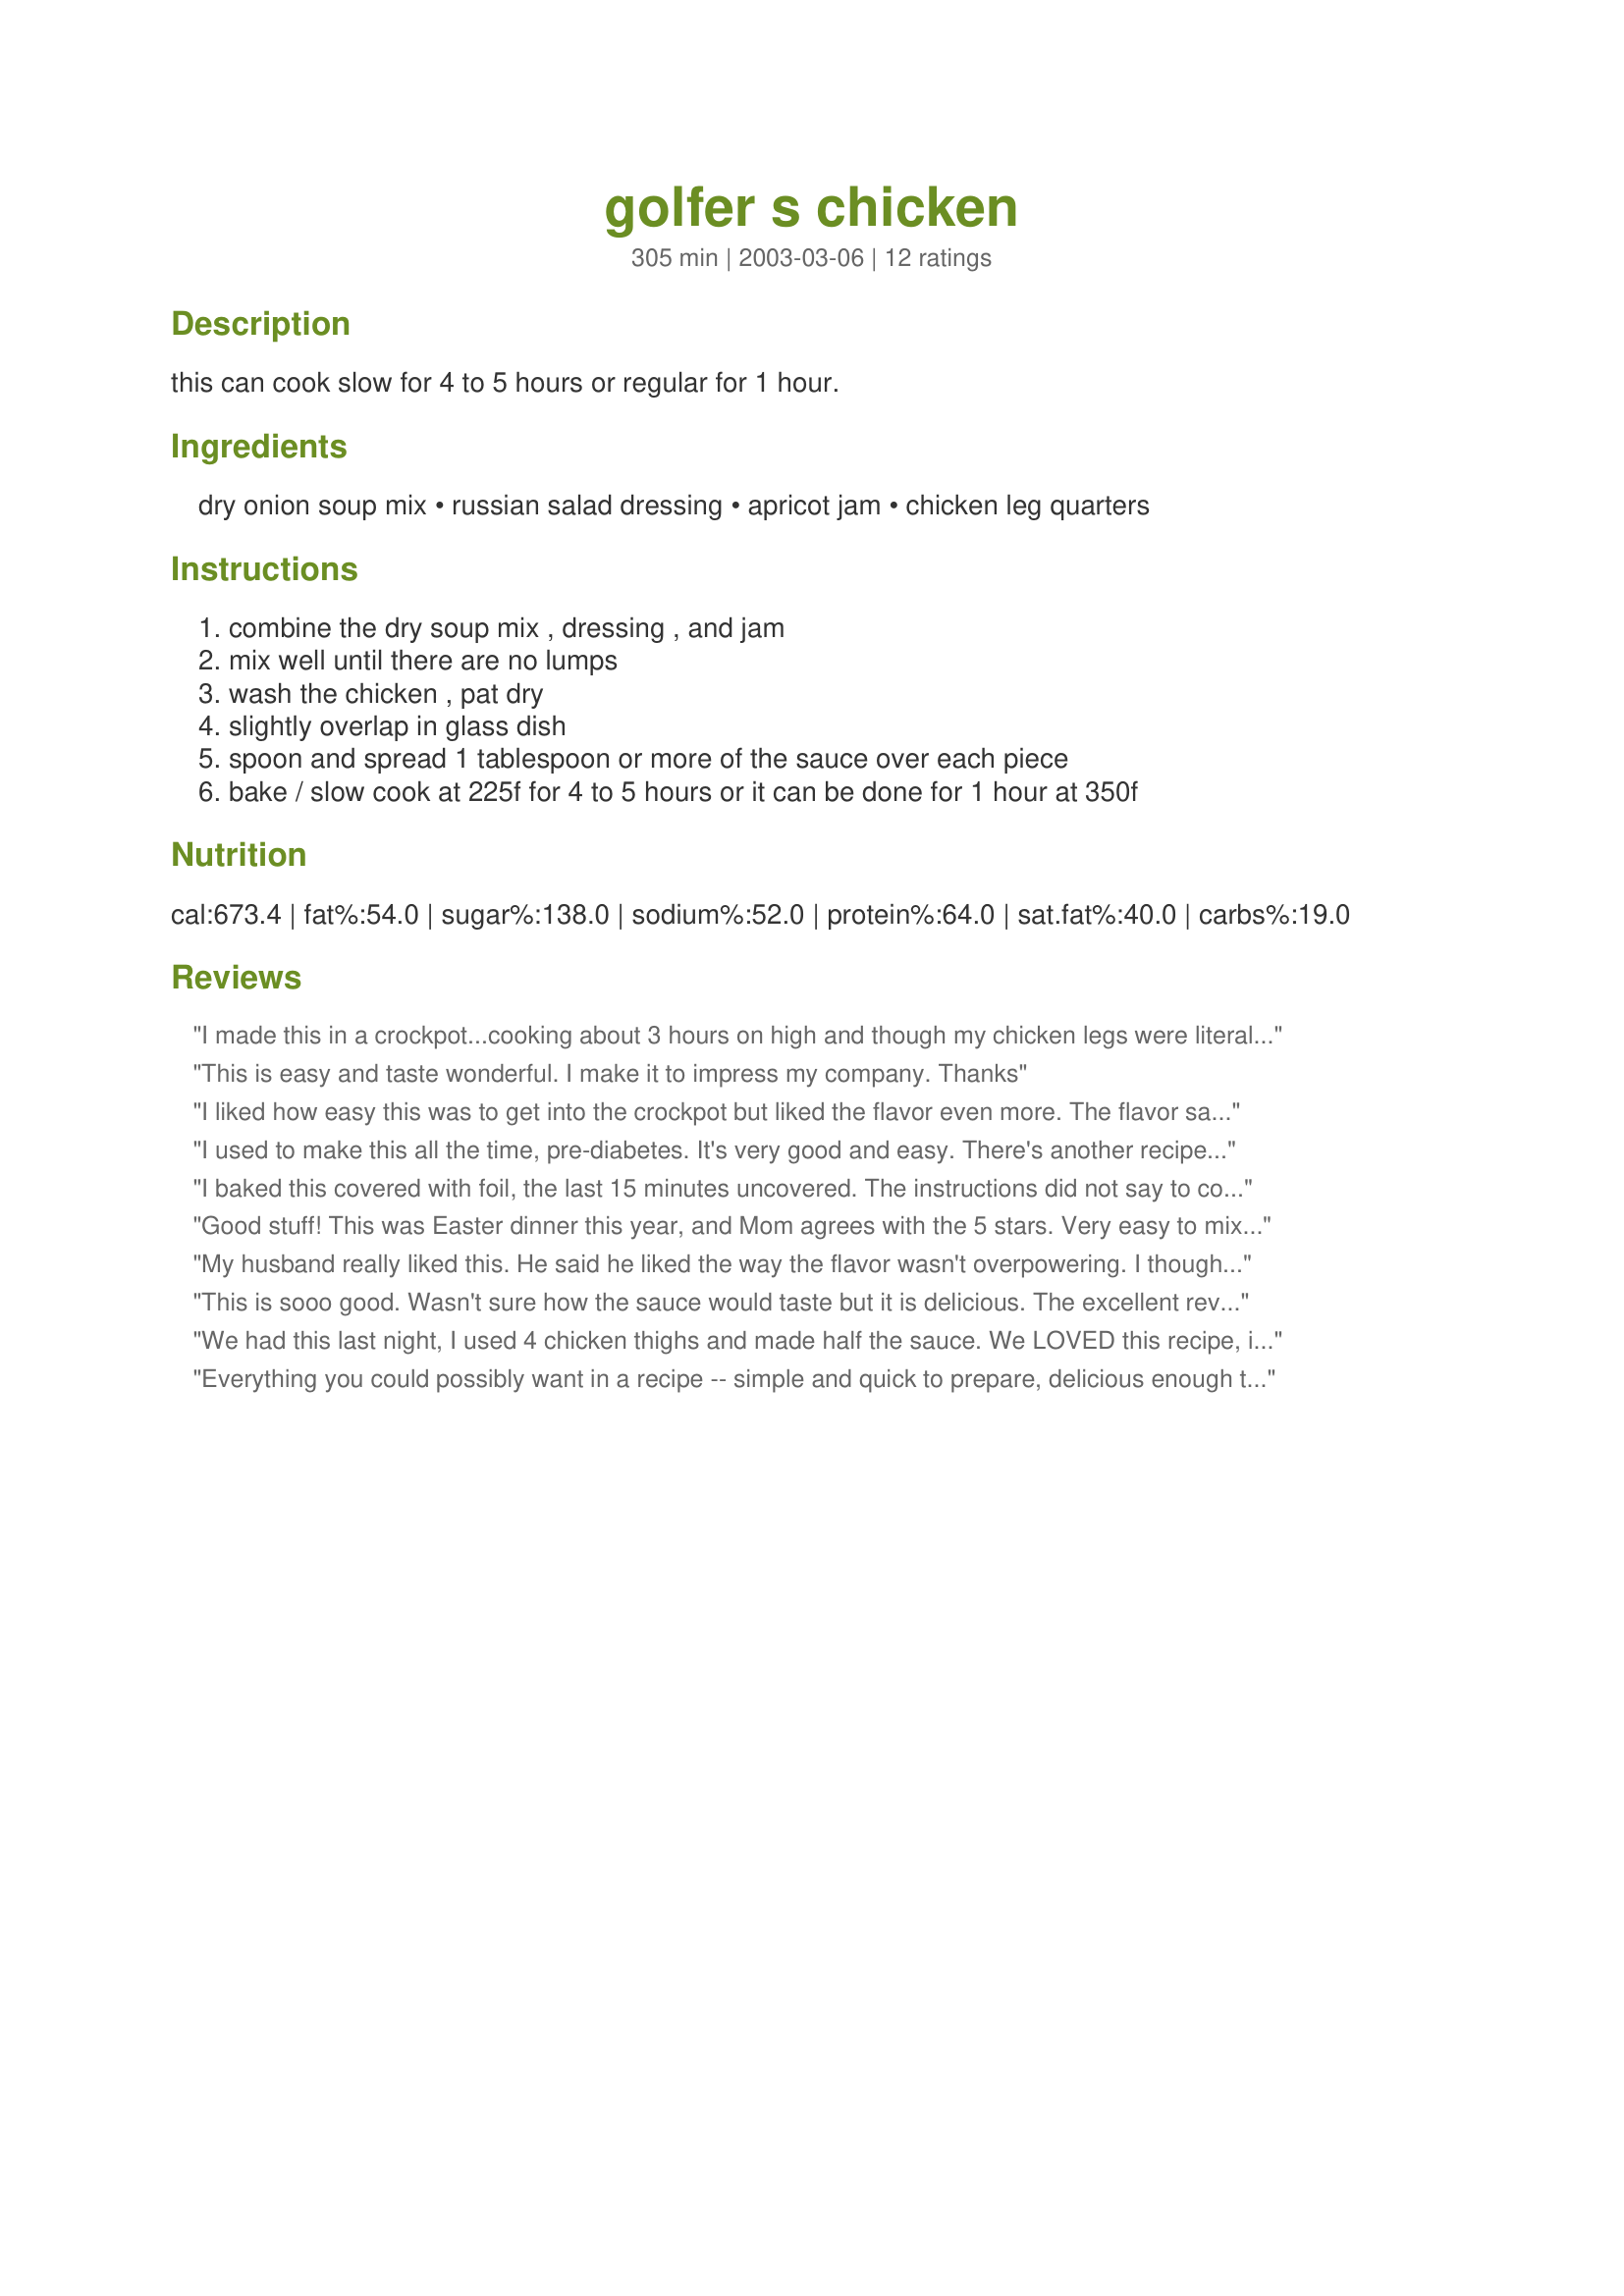
golfer s chicken
Preparation time: 305 minutes

this can cook slow for 4 to 5 hours or regular for 1 hour.

Ingredients:
dry onion soup mix, russian salad dressing, apricot jam, chicken leg quarters

Steps:
combine the dry soup mix , dressing , and jam, mix well until there are no lumps, wash the chicken , pat dry, slightly overlap in glass dish, spoon and spread 1 tablespoon or more of the sauce over each piece, bake / slow cook at 225f for 4 to 5 hours or it can be done for 1 hour at 350f

Reviews:
I made this in a crockpot...cooking about 3 hours on high and though my chicken legs were literally falling off the bone, they were strangely dry. I don't get how chicken cooked in rich (yummy) sauce could be dry...something I did? That's why I am not rating. I'll make it one more time on low heat next time....Thank you for posting. P.S. Could Russian dressing and Red French be one and the same? I did use Russian, but it was hard to find.
This is easy and taste wonderful. I make it to impress my company. Thanks
I liked how easy this was to get into the crockpot but liked the flavor even more. The flavor saturates the meat but is not overpowering. This will make a nice variation to my usual crockpot fare. Thanks!
I used to make this all the time, pre-diabetes. It's very good and easy.

There's another recipe on Zaar that's pretty much identical to this, but with a different name. It's been around for centuries, and I'm sure it will be around for centuries more. Very good.
I baked this covered with foil, the last 15 minutes uncovered. The instructions did not say to cover but the chicken was very good and moist and the sauce did not cook away.Thanks for posting!
Good stuff! This was Easter dinner this year, and Mom agrees with the 5 stars. Very easy to mix up, and the just pop in the oven and forget it. Great blend of flavors. I used chicken leg quarters.
My husband really liked this. He said he liked the way the flavor wasn't overpowering. I thought it had an excellent flavor also. I cooked it about 15 minutes longer and should have cooked it a bit more. Wasn't too tender, but still delicious. I will try the slow cooking method next time. Thanks for a great recipe. I will definitely make this often.
This is sooo good. Wasn't sure how the sauce would taste but it is delicious. The excellent reviews that were given before really made me decide to try it and I am so glad I did! THANKS.
We had this last night, I used 4 chicken thighs and made half the sauce. We LOVED this recipe, it will be repeated many times at our house. Recipe Fairy, thank you so much. Mary
Everything you could possibly want in a recipe -- simple and quick to prepare, delicious enough to serve as a company meal. Everyone in my very picky family adores this dish.
Thanks for sharing -- this is a keeper!
This recipe is fantastic. A roomate of mine in college used to make this for our house of five poor college students. Twenty-three years later, I am still making it for my family with parsley potatoes and garlic green beans. I use 6 skinned whole chicken legs. This also can be cooked in a crockpot. Give this recipe a try.
This chicken recipe is easy and fabulous. Thank you for posting!!
